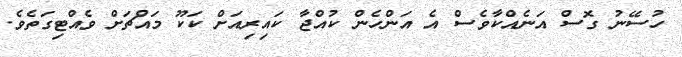
ހުސޭނު ގޮސް އަނެއްކާވެސް އެ އަންހެން ކުއްޖާ ކައިރިއަށް ކަކޫ މައްޗަށް ވެއްޓިގަތެވެ.